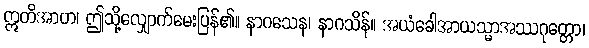
ဣတိအာဟ၊ ဤသို့လျှောက်မေးပြန်၏။ နာဂသေန၊ နာဂသိန်။ အယံခေါအာယသ္မာအဿဂုတ္တော၊